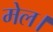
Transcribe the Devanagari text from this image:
मेल।